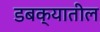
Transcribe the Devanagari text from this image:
डबक्यातील